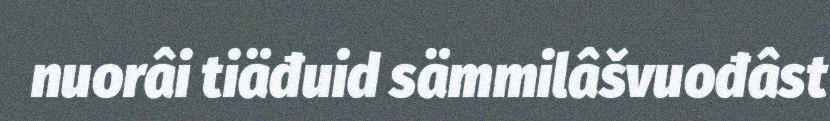
nuorâi tiäđuid sämmilâšvuođâst